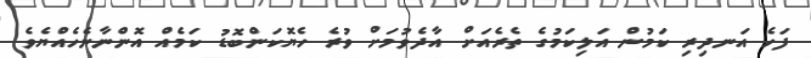
ފަހެ އަނދިރި ކަމުން އަލިކަމުގެ ތެރެއަށް އާދެވުމަށް ވުރެ ހެޔޮކަންބޮޑު ކަމެއް އޮންނާނެހެއްޔެވެ